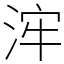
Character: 浶